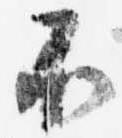
不